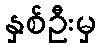
နှစ်ဦးမှ